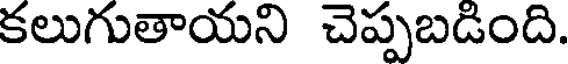
కలుగుతాయని చెప్పబడింది.